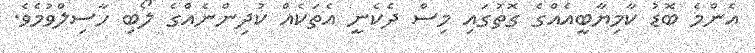
އެންމެ ބޮޑު ކާމިޔާބީއެއްގެ ގޮތުގައި މިސް ދެކެނީ އެތަކެއް ކުދިންނެއްގެ ލޯބި ހާސިލްވުމެވެ.